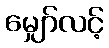
မျှော်လင့်